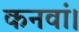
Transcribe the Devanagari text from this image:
कनवां।